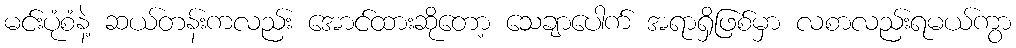
မင်းပုံစံနဲ့ ဆယ်တန်းကလည်း အောင်ထားဆိုတော့ သေချာပေါက် အရာရှိဖြစ်မှာ လစာလည်းရမယ်ကွာ